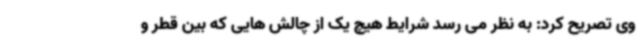
وی تصریح کرد: به نظر می رسد شرایط هیچ یک از چالش هایی که بین قطر و